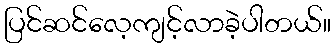
ပြင်ဆင်လေ့ကျင့်လာခဲ့ပါတယ်။